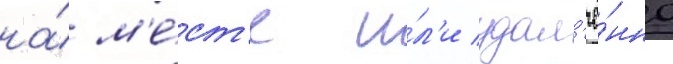
на́ м'е́ст'е и́л'и удал'ё́нно